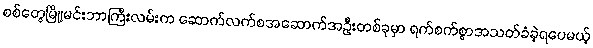
စစ်တွေမြို့၊မင်းဘာကြီးလမ်းက ဆောက်လက်စအဆောက်အဦးတစ်ခုမှာ ရက်စက်စွာအသတ်ခံခဲ့ရပေမယ့်